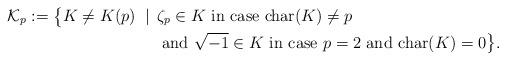
LaTeX: \begin{align*}\mathcal{K}_p:=\big\{ K \neq K(p) \;\mid\;\, & \zeta_p \in K \textrm{ in case }\mathrm{char}(K)\neq p \\& \textrm{ and }\sqrt{-1} \in K \textrm{ in case }p=2 \textrm{ and }\mathrm{char}(K)=0 \big\}.\end{align*}